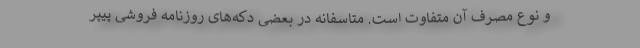
و نوع مصرف آن متفاوت است. متاسفانه در بعضی دکه‌های روزنامه فروشی پیپر